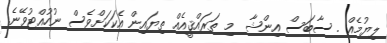
ލިޔުމެއް . ސާބަސް އިންޝާ  މި ތަރައްޤީއެއް ތިޔައިން އެކަކަށްވެސް ނުހުއްޓުވޭނެ.